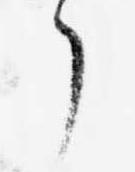
了